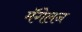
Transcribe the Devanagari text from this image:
मॅगेलन